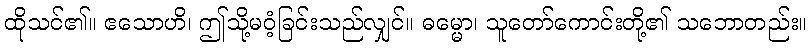
ထိုသင်၏။ ဧသောဟိ၊ ဤသို့မဝံ့ခြင်းသည်လျှင်။ ဓမ္မော၊ သူတော်ကောင်းတို့၏ သဘောတည်း။